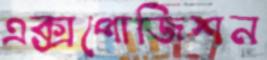
এক্সপোজিশন